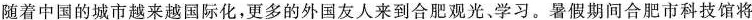
随着中国的城市越来越国际化，更多的外国友人来到合肥观光、学习。暑假期间合肥市科技馆将